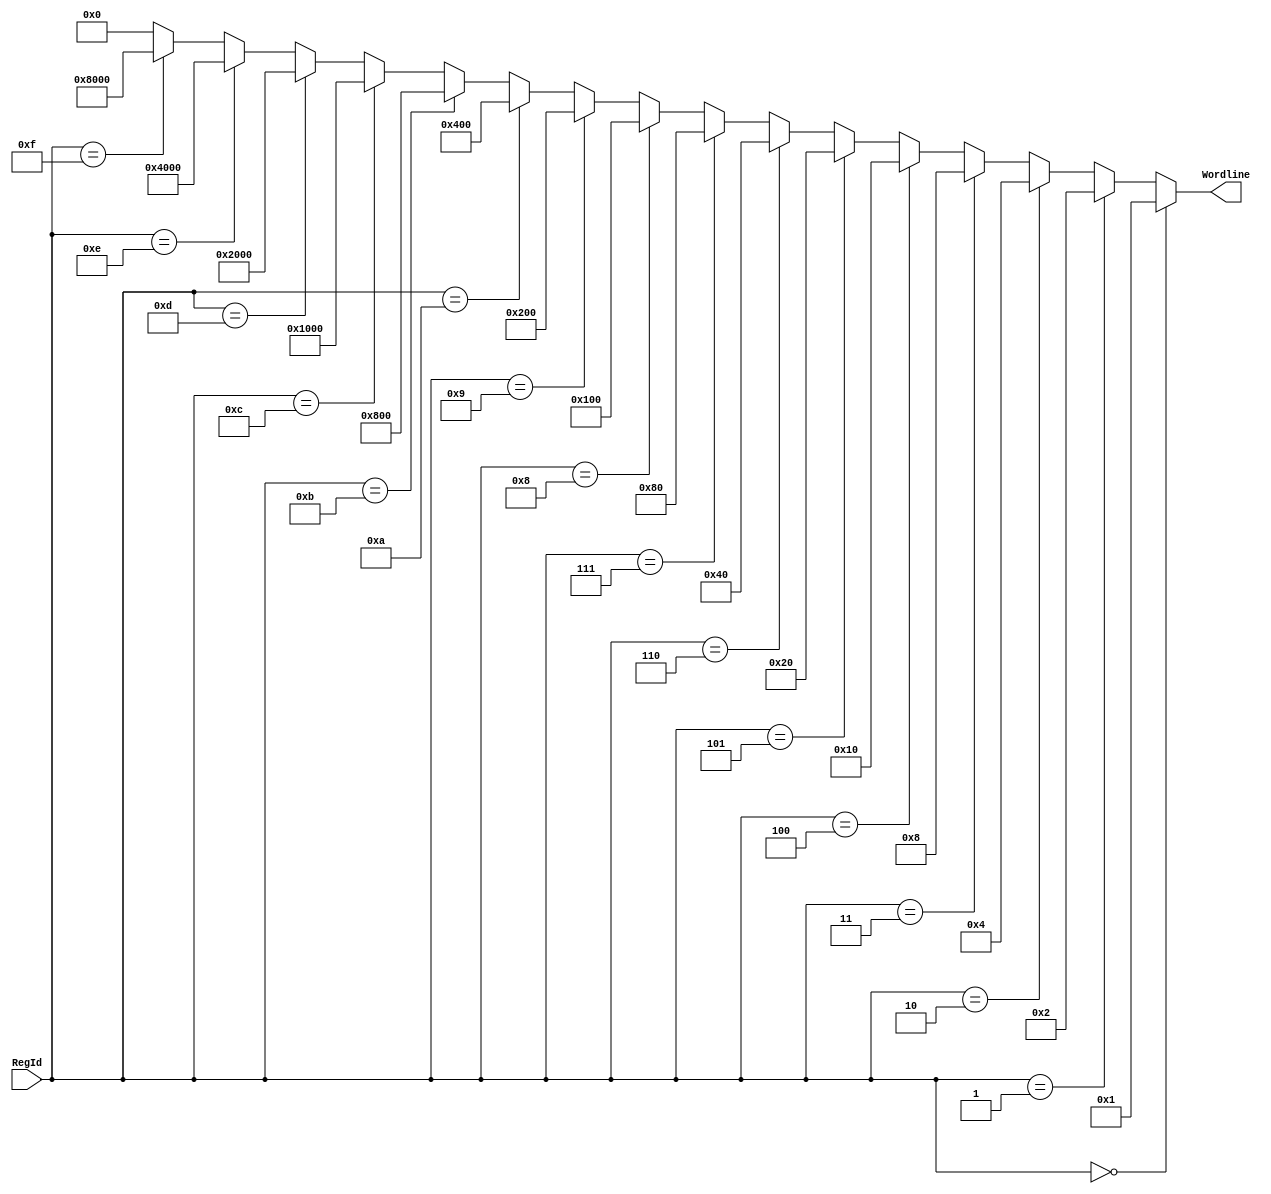
/* A 4 to 16 decoder
 * for reading into a Register File
 *
 * wchen329@wisc.edu
 */
module ReadDecoder_4_16(input [3:0] RegId, output [15:0] Wordline);
	assign Wordline = RegId == 0? 1:
			RegId == 1? 2:
			RegId == 2? 4:
			RegId == 3? 8:
			RegId == 4? 16:
			RegId == 5? 32:
			RegId == 6? 64:
			RegId == 7? 128:
			RegId == 8? 256:
			RegId == 9? 512:
			RegId == 10? 1024:
			RegId == 11? 2048:
			RegId == 12? 4096:
			RegId == 13? 8192:
			RegId == 14? 16384:
			RegId == 15? 32768: 0;
endmodule